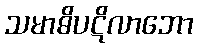
သမာဓိပဋိလာဘော